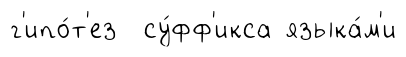
г'ипо́т'ез су́фф'икса языка́м'и